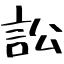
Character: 訟